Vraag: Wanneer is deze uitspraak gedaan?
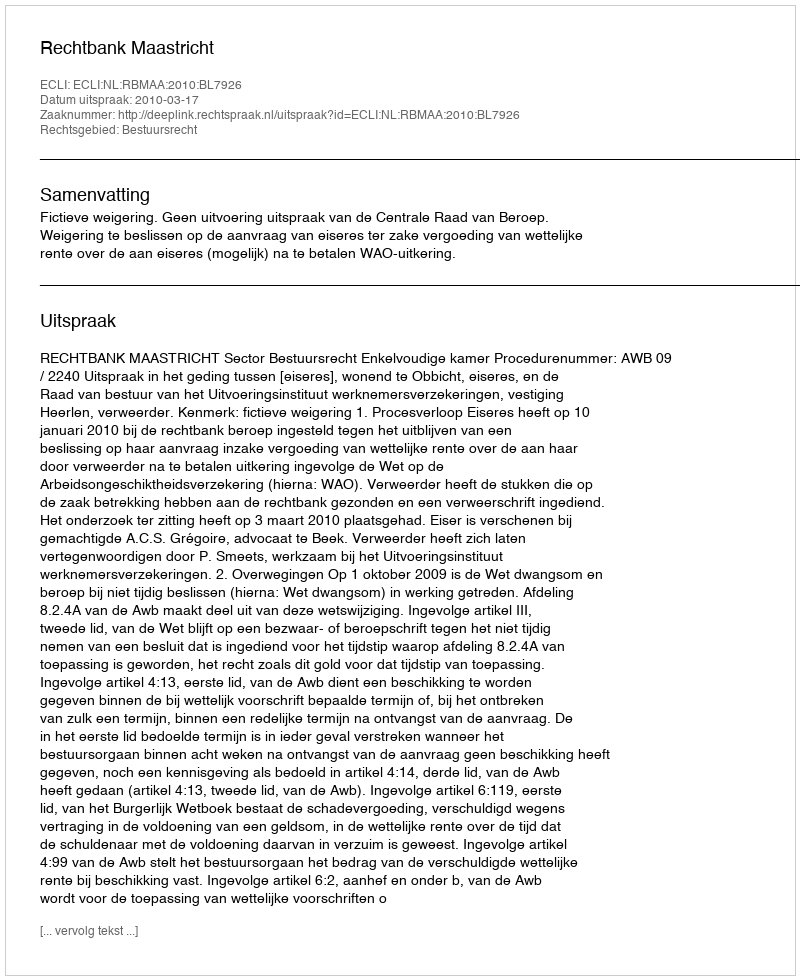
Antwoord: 2010-03-17